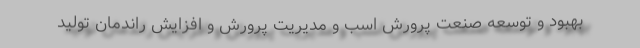
بهبود و توسعه صنعت پرورش اسب و مدیریت پرورش و افزایش راندمان تولید